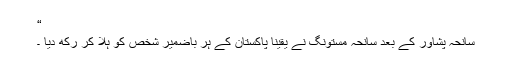
“
سانحہ پشاور کے بعد سانحہ مستونگ نے یقینا پاکستان کے ہر باضمیر شخص کو ہلا کر رکھ دیا ۔